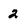
Character: 2